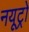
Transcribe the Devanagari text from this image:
नयूट्रो